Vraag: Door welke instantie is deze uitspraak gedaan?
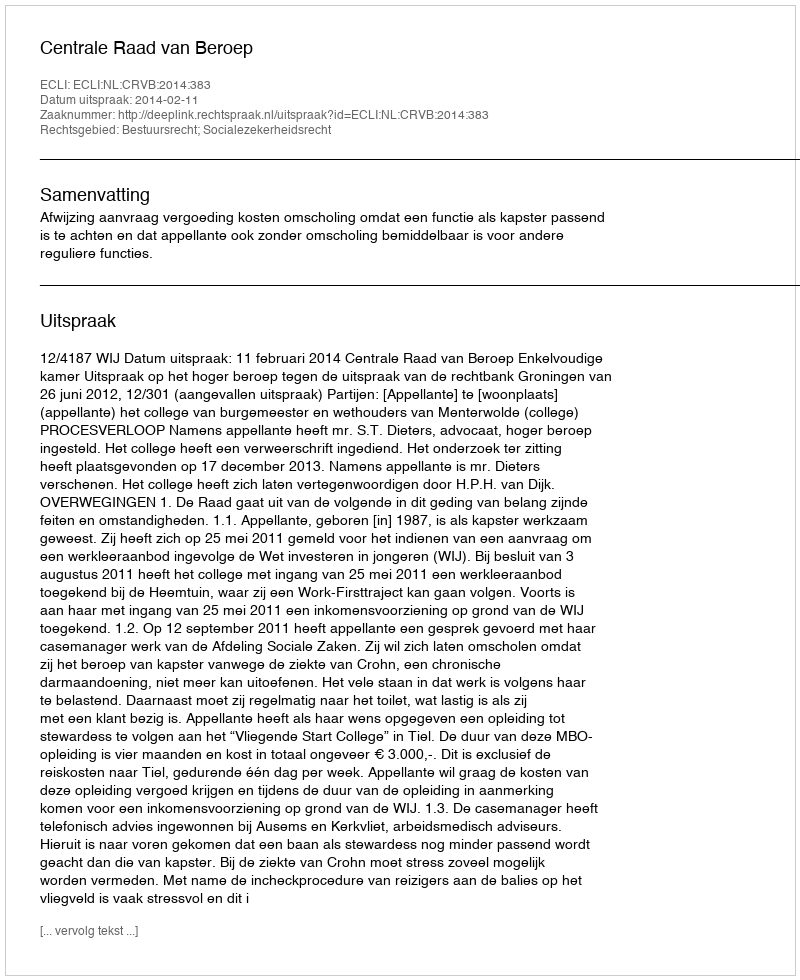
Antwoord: Centrale Raad van Beroep